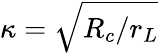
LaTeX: \kappa=\sqrt{R_{c}/r_{L}}